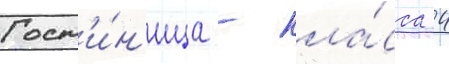
Гост'и́н'ица - кла́сса 4